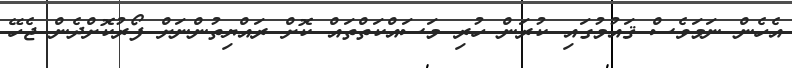
އެހެން ނަމަވެސް ޤައުމުގައި ކުރަން ހުރި މަސައްކަތްތައް ކޮށް ރައްޔިތުންނަށް ފޯރުކޮށްދެން ޖެހޭ